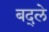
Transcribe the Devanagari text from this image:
बद्ले